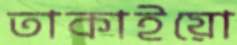
তাকাইয়ো